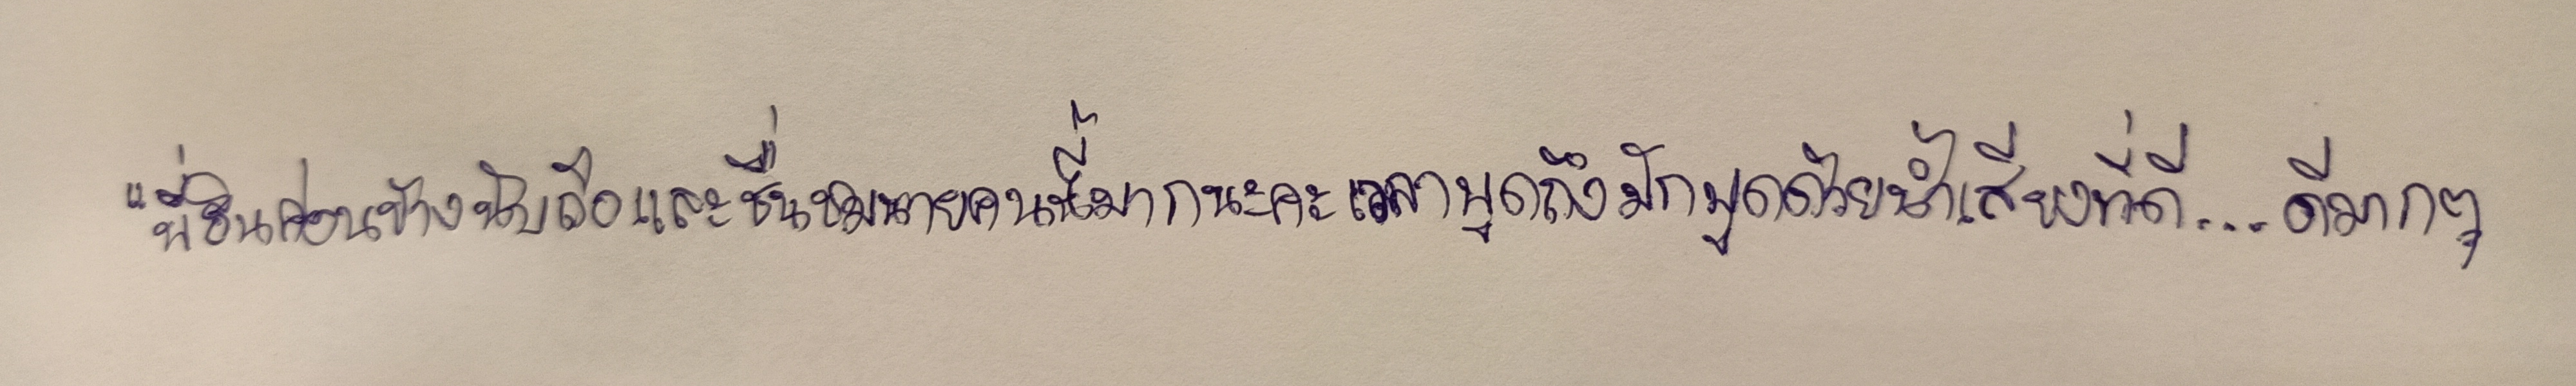
"พี่ธินค่อนข้างนับถือและชื่นชมนายคนนี้มากนะคะเวลาพูดถึงมักพูดด้วยน้ำเสียงที่ดี...ดีมากๆ